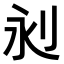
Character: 𣲈